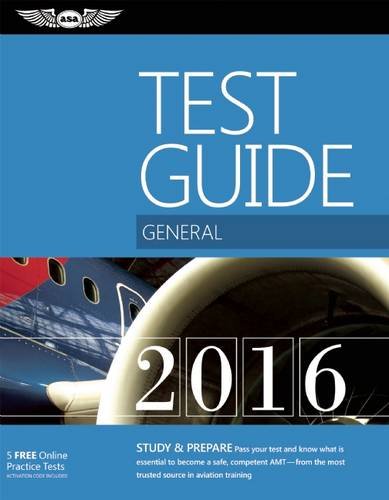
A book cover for General Test Guide 2016: The "Fast-Track" to Study for and Pass the Aviation Maintenance Technician Knowledge Exam (Fast-Track Test Guides); ASA Test Prep Board; Engineering & Transportation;